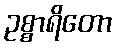
ဥစ္စာရိတော